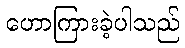
ဟောကြားခဲ့ပါသည်